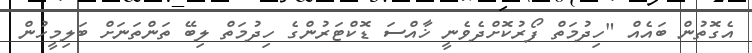
އެގޮތުން ބައެއް "ހިދުމަތް ފޯރުކޮށްދެވެނީ ޚާއްސަ ޑޮކްޓަރުންގެ ހިދުމަތް ލިބޭ ތަންތަނަށް ބަލިމީހުން